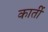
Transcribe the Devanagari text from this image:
कार्ती